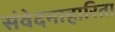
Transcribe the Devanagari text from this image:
संवेदनाहारिता